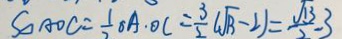
S _ { \Delta A O C } = \frac { 1 } { 2 } \alpha A \cdot O C = \frac { 3 } { 2 } 4 \sqrt { 1 3 } - 2 ) = \frac { \sqrt { 1 3 } } { 2 } - 3